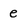
Character: e